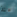
منذ